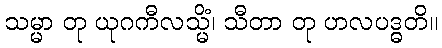
သမ္မာ တု ယုဂကီလသ္မိံ၊ သီတာ တု ဟလပဒ္ဓတိ။